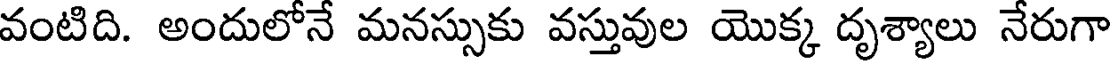
వంటిది. అందులోనే మనస్సుకు వస్తువుల యొక్క దృశ్యాలు నేరుగా